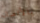
بالأتصال